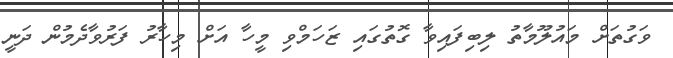
ވަގުތަށް މައުލޫމާތު ލިބިފައިވާ ގޮތުގައި ޒަހަމްވި މީހާ އަށް މިހާރު ފަރުވާދެމުން ދަނީ